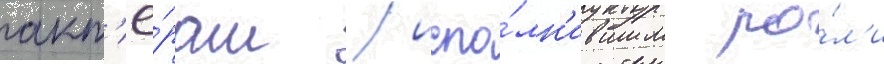
акт'ё́рам / испо́лн'ившим ро́л'и